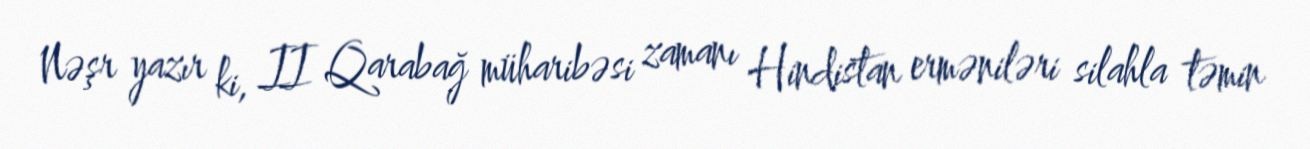
Nəşr yazır ki, II Qarabağ müharibəsi zamanı Hindistan erməniləri silahla təmin